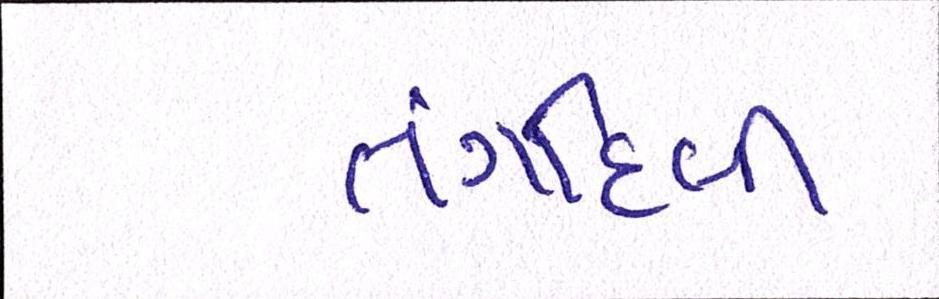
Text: તંગદિલી